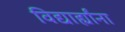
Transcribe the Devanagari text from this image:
विद्यार्ह्यांना